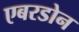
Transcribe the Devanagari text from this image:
एबरडोन